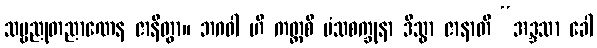
သဗ္ဗညုတညာဏေန ဇာနိတွာ။ ဘဂဝါ ဟိ ကတ္ထစိ မံသစက္ခုနာ ဒိသွာ ဇာနာတိ “အဒ္ဒသာ ခေါ